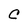
Character: C